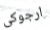
ارجوكى